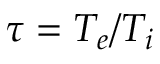
\tau = T _ { e } / T _ { i }